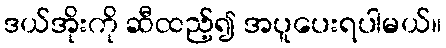
ဒယ်အိုးကို ဆီထည့်၍ အပူပေးရပါမယ်။